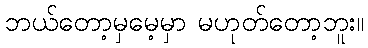
ဘယ်တော့မှမေ့မှာ မဟုတ်တော့ဘူး။